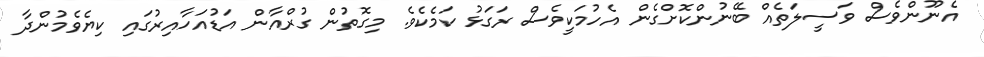
އެނޫންވެސް ވަސީލަތެއް ބޭނުންކޮށްގެން އެހުމަކީވެސް ރަގަޅު ކަމެކެވެ. މިގޮތުން ގުރްއާން އަޑުއަހާއިރުގައި ކިޔެވެމުންދާ